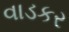
વાડકર